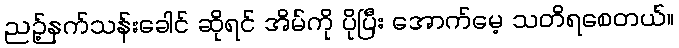
ညဉ့်နက်သန်းခေါင် ဆိုရင် အိမ်ကို ပိုပြီး အောက်မေ့ သတိရစေတယ်။